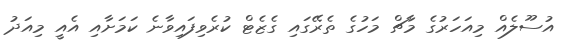
އުސޫލެއް މިއަހަރުގެ މާޗް މަހުގެ ތެރޭގައި ގެޒެޓް ކުރެވިފައިވާނެ ކަމަށާއި އެއީ މިއަދު